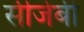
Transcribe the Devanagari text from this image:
सीजेबी